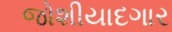
જોશીયાદગાર